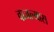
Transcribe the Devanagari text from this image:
वाजल्यास